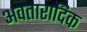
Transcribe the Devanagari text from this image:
अवतारादिक